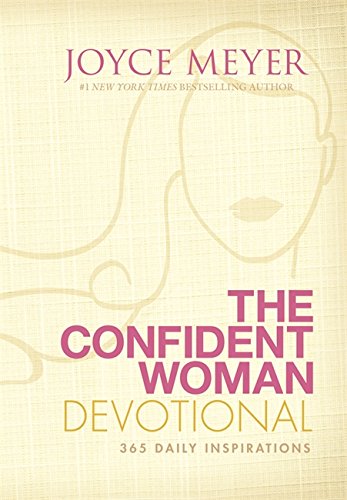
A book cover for The Confident Woman Devotional: 365 Daily Inspirations; Joyce Meyer; Christian Books & Bibles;